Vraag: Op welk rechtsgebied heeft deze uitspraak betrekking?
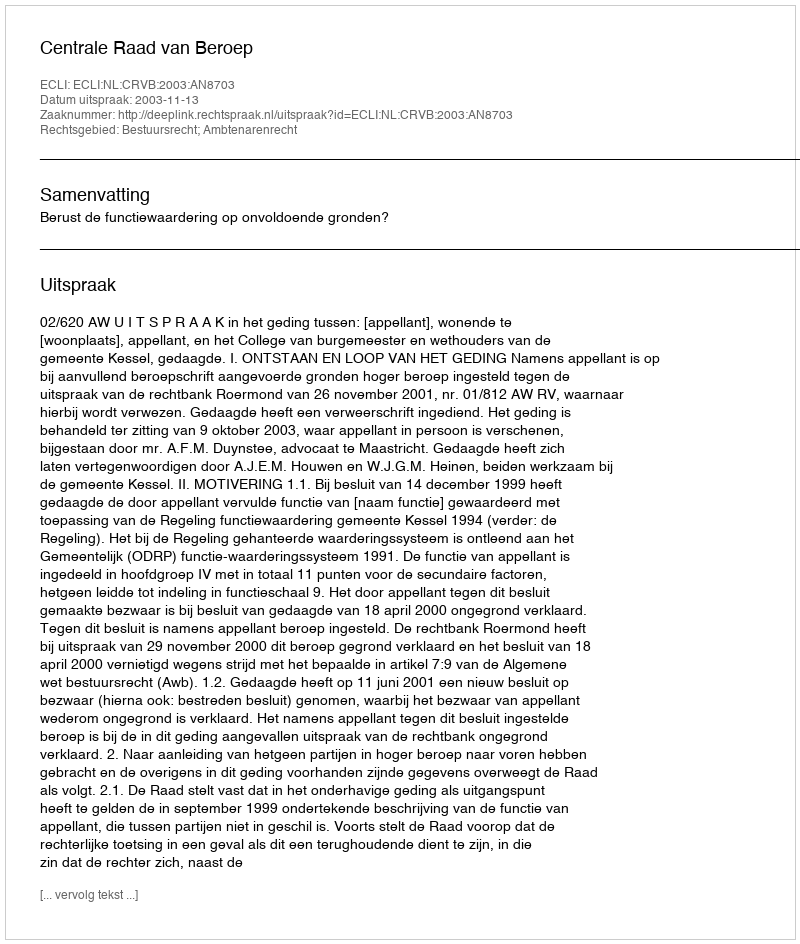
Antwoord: Bestuursrecht; Ambtenarenrecht